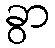
ခွာ